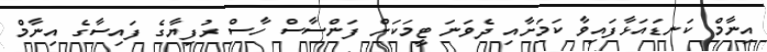
އިނާމް ކަނޑައަޅާފައިވާ ކަމަށާއި ދެވަނަ ޓީމަކަށް ފަންސާސް ހާސް ރުފިޔާގެ ފައިސާގެ އިނާމް